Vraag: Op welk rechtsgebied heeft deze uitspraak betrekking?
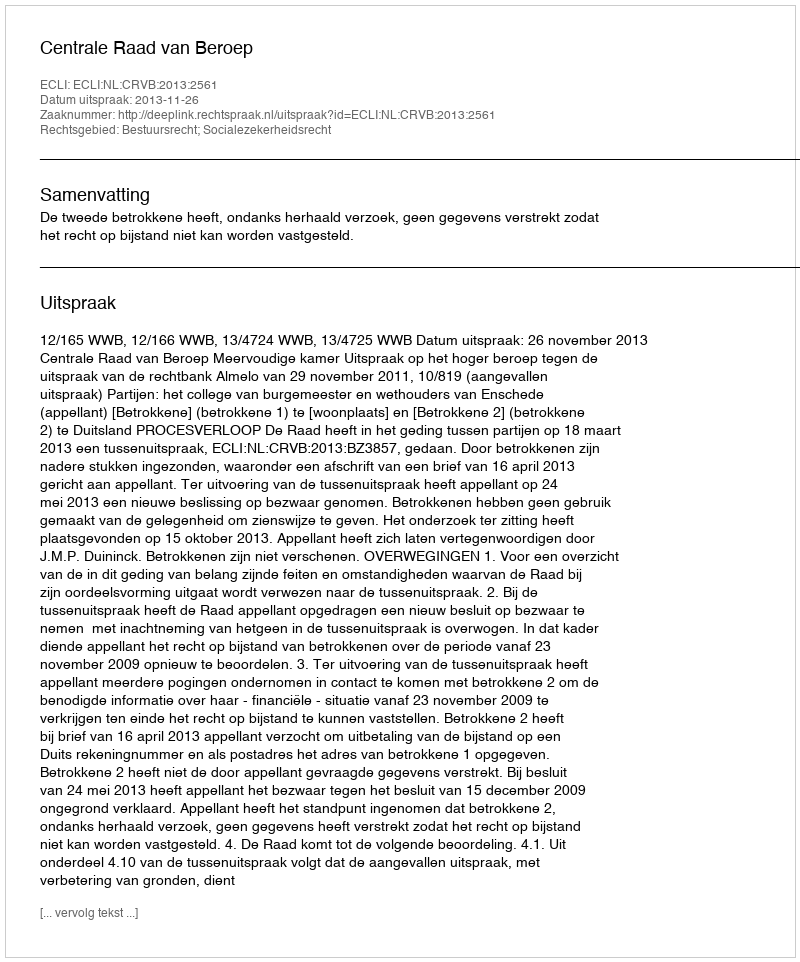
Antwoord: Bestuursrecht; Socialezekerheidsrecht